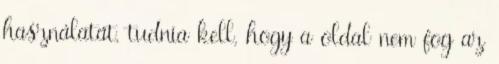
használatát, tudnia kell, hogy a oldal nem fog az